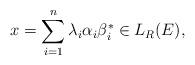
LaTeX: \begin{align*} x = \sum_{i=1}^n \lambda_i \alpha_i \beta_i^* \in L_{R}(E), \end{align*}